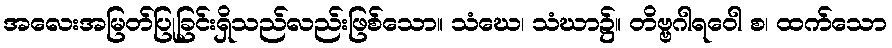
အလေးအမြတ်ပြုခြင်းရှိသည်လည်းဖြစ်သော။ သံဃေ၊ သံဃာ၌။ တိဗ္ဗဂါရဝေါ စ၊ ထက်သော